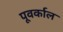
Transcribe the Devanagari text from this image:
पूवर्काल